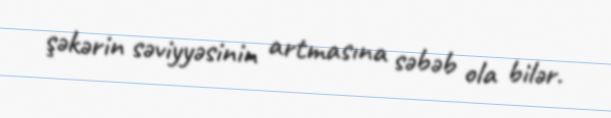
şəkərin səviyyəsinin artmasına səbəb ola bilər.